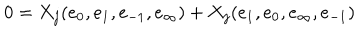
LaTeX: 0 = X _ { j } ( e _ { 0 } , e _ { 1 } , e _ { - 1 } , e _ { \infty } ) + X _ { j } ( e _ { 1 } , e _ { 0 } , e _ { \infty } , e _ { - 1 } )